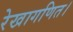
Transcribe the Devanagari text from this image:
रेखागणित।